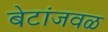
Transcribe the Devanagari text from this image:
बेटांजवळ